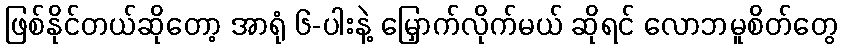
ဖြစ်နိုင်တယ်ဆိုတော့ အာရုံ ၆-ပါးနဲ့ မြှောက်လိုက်မယ် ဆိုရင် လောဘမူစိတ်တွေ